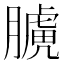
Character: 𦡑